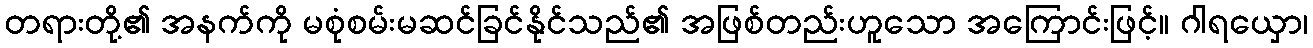
တရားတို့၏ အနက်ကို မစုံစမ်းမဆင်ခြင်နိုင်သည်၏ အဖြစ်တည်းဟူသော အကြောင်းဖြင့်။ ဂါရယှော၊